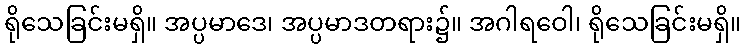
ရိုသေခြင်းမရှိ။ အပ္ပမာဒေ၊ အပ္ပမာဒတရား၌။ အဂါရဝေါ၊ ရိုသေခြင်းမရှိ။